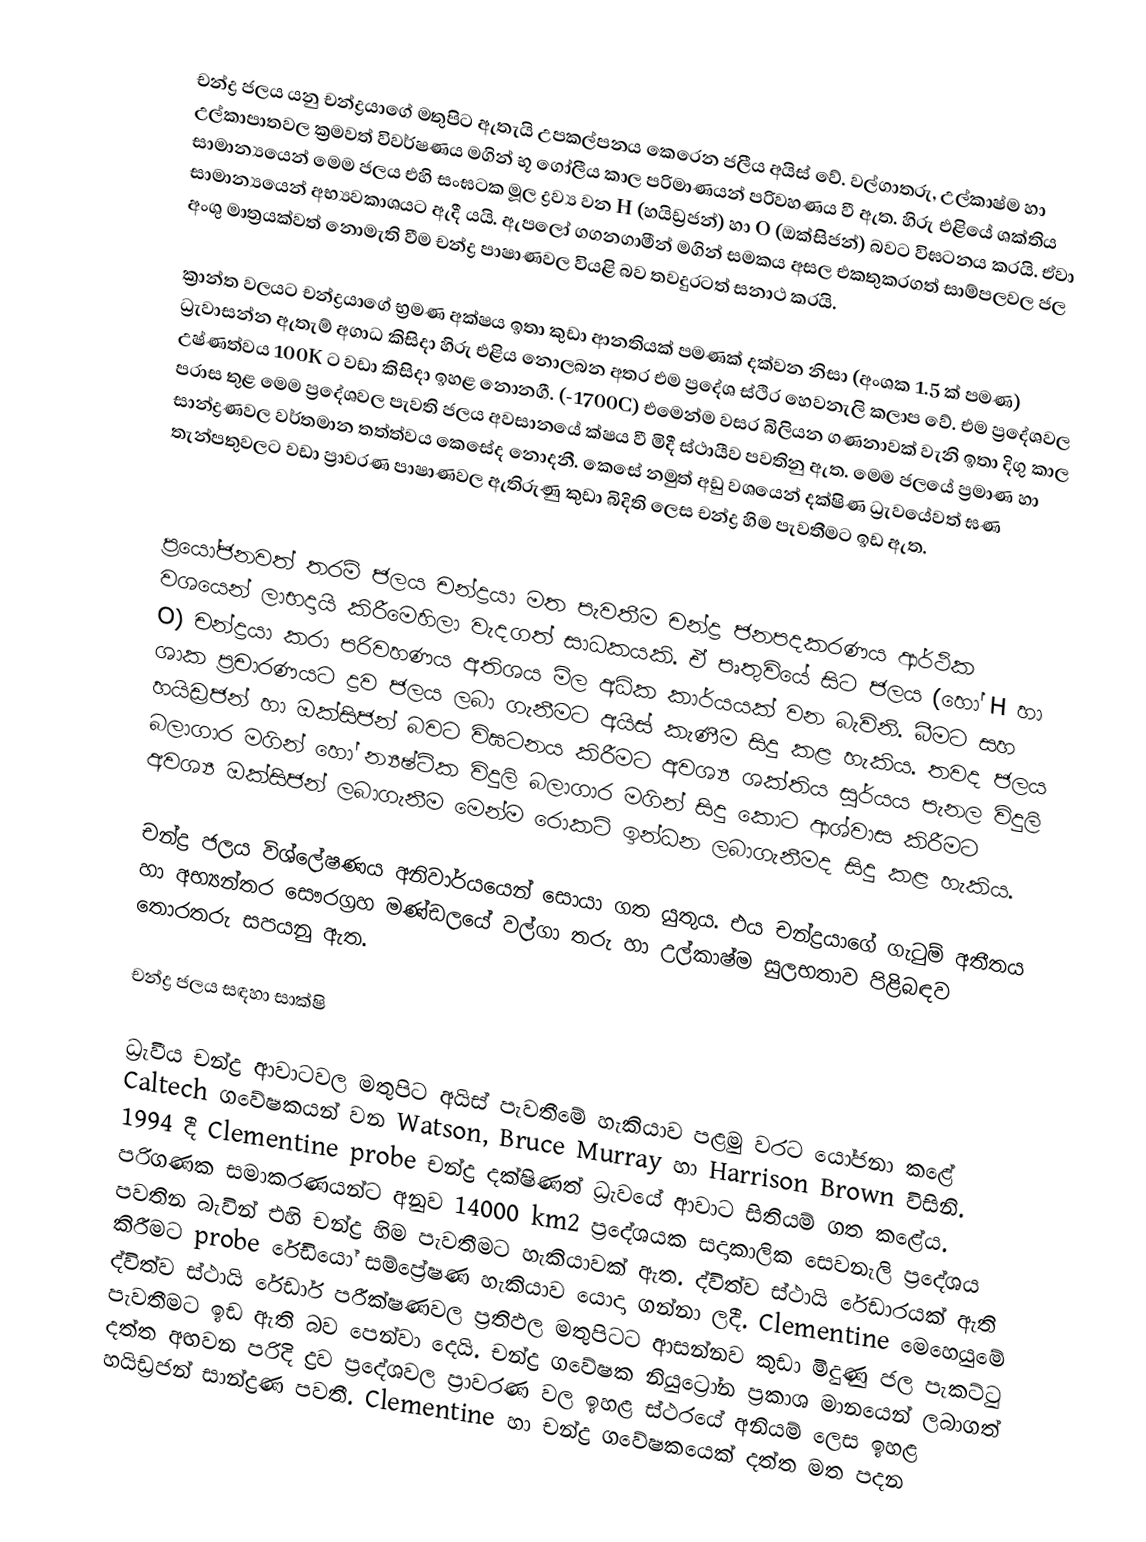
චන්ද්‍ර ජලය යනු චන්ද්‍රයාගේ මතුපිට ඇතැයි උපකල්පනය කෙරෙන ජලීය අයිස් වේ. වල්ගාතරු, උල්කාෂ්ම හා උල්කාපාතවල ක්‍රමවත් විවර්ෂණය මගින් භූ ගෝලීය කාල පරිමාණයන් පරිවහණය වී ඇත. හිරු එළියේ ශක්තිය සාමාන්‍යයෙන් මෙම ජලය එහි සංඝටක මූල ද්‍රව්‍ය වන H (හයිඩ්‍රජන්) හා O (ඔක්සිජන්) බවට විඝටනය කරයි. ඒවා සාමාන්‍යයෙන් අභ්‍යවකාශයට ඇදී යයි. ඇපලෝ ගගනගාමීන් මගින් සමකය අසල එකතුකරගත් සාම්පලවල ජල අංශු මාත්‍රයක්වත් නොමැති වීම චන්ද්‍ර පාෂාණවල වියළි බව තවදුරටත් සනාථ කරයි.

ක්‍රාන්ත වලයට චන්ද්‍රයාගේ භ්‍රමණ අක්ෂය ඉතා කුඩා ආනතියක් පමණක් දක්වන නිසා (අංශක 1.5 ක් පමණ) ධ්‍රැවාසන්න ඇතැම් අගාධ කිසිදා හිරු එළිය නොලබන අතර එම ප්‍රදේශ ස්ථිර හෙවනැලි කලාප වේ. එම ප්‍රදේශවල උෂ්ණත්වය 100K ට වඩා කිසිදා ඉහළ නොනගී. (-1700C) එමෙන්ම වසර බිලියන ගණනාවක් වැනි ඉතා දිගු කාල පරාස තුළ මෙම ප්‍රදේශවල පැවති ජලය අවසානයේ ක්ෂය වී මිදී ස්ථායීව පවතිනු ඇත. මෙම ජලයේ ප්‍රමාණ හා සාන්ද්‍රණවල වර්තමාන තත්ත්වය කෙසේද නොදනී. කෙසේ නමුත් අඩු වශයෙන් දක්ෂිණ ධ්‍රැවයේවත් ඝණ තැන්පතුවලට වඩා ප්‍රාවරණ පාෂාණවල ඇතිරුණු කුඩා බිදිති ලෙස චන්ද්‍ර හිම පැවතීමට ඉඩ ඇත.

ප්‍රයෝජනවත් තරම් ජලය චන්ද්‍රයා මත පැවතීම චන්ද්‍ර ජනපදකරණය ආර්ථික වශයෙන් ලාභදායි කිරීමෙහිලා වැදගත් සාධකයකි. ඒ පෘතුවියේ සිට ජලය (හෝ H හා O) චන්ද්‍රයා කරා පරිවහණය අතිශය මිල අධික කාර්යයක් වන බැවිනි. බීමට සහ ශාක ප්‍රචාරණයට ද්‍රව ජලය ලබා ගැනීමට අයිස් කැණීම සිදු කළ හැකිය. තවද ජලය හයිඩ්‍රජන් හා ඔක්සිජන් බවට විඝටනය කිරීමට අවශ්‍ය ශක්තිය සූර්යය පැනල විදුලි බලාගාර මගින් හෝ න්‍යෂ්ටික විදුලි බලාගාර මගින් සිදු කොට ආශ්වාස කිරීමට අවශ්‍ය ඔක්සිජන් ලබාගැනීම මෙන්ම රොකට් ඉන්ධන ලබාගැනීමද සිදු කළ හැකිය.

චන්ද්‍ර ජලය විශ්ලේෂණය අනිවාර්යයෙන් සොයා ගත යුතුය. එය චන්ද්‍රයාගේ ගැටුම් අතීතය හා අභ්‍යන්තර සෞරග්‍රහ මණ්ඩලයේ වල්ගා තරු හා උල්කාෂ්ම සුලභතාව පිළිබඳව තොරතරු සපයනු ඇත.

චන්ද්‍ර ජලය සඳහා සාක්ෂි

ධ්‍රැවීය චන්ද්‍ර ආවාටවල මතුපිට අයිස් පැවතීමේ හැකියාව පළමු වරට යෝජනා කළේ Caltech ගවේෂකයන් වන Watson, Bruce Murray හා Harrison Brown විසිනි. 1994 දී Clementine probe චන්ද්‍ර දක්ෂිණත් ධ්‍රැවයේ ආවාට සිතියම් ගත කළේය. පරිගණක සමාකරණයන්ට අනුව 14000 km2 ප්‍රදේශයක සදාකාලික සෙවනැලි ප්‍රදේශය පවතින බැවින් එහි චන්ද්‍ර හිම පැවතීමට හැකියාවක් ඇත. ද්විත්ව ස්ථායි රේඩාරයක් ඇති කිරීමට probe  රේඩියෝ සම්ප්‍රේෂණ හැකියාව යොදා ගන්නා ලදී. Clementine මෙහෙයුමේ ද්විත්ව ස්ථායි රේඩාර් පරීක්ෂණවල ප්‍රතිඵල මතුපිටට ආසන්නව කුඩා මිදුණු ජල පැකට්ටු පැවතීමට ඉඩ ඇති බව පෙන්වා දෙයි. චන්ද්‍ර ‍ගවේෂක නියුට්‍රෝන ප්‍රකාශ මානයෙන් ලබාගත් දත්ත අඟවන පරිදි ද්‍රව‍ ප්‍රදේශවල ප්‍රාවරණ වල ඉහළ ස්ථරයේ අනියම් ලෙස ඉහළ හයිඩ්‍රජන් සාන්ද්‍රණ පවතී. Clementine හා චන්ද්‍ර ගවේෂකයෙක් දත්ත මත පදන